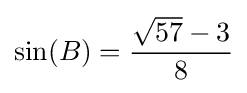
\sin(B)={\frac {{\sqrt {57}}-3}{8}}